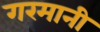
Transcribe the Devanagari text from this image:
गरमानी